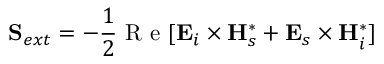
\mathbf { S } _ { e x t } = - \frac { 1 } { 2 } \mathrm { ~ R ~ e ~ } [ \mathbf { E } _ { i } \times \mathbf { H } _ { s } ^ { * } + \mathbf { E } _ { s } \times \mathbf { H } _ { i } ^ { * } ]